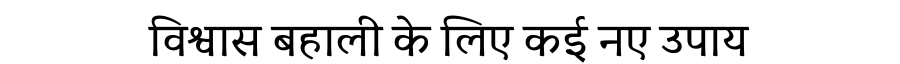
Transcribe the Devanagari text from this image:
विश्वास बहाली के लिए कई नए उपाय